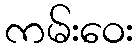
ကမ်းဝေး